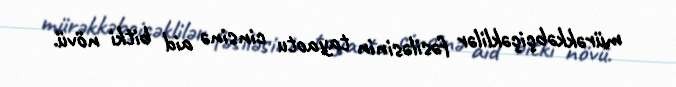
mürəkkəbçiçəklilər fəsiləsinin tayaotu cinsinə aid bitki növü.